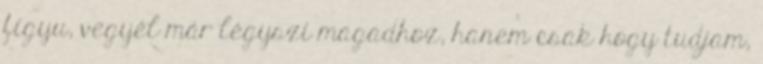
figyu, vegyél már légyszi magadhoz, hanem csak hogy tudjam,